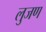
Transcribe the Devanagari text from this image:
लुजण